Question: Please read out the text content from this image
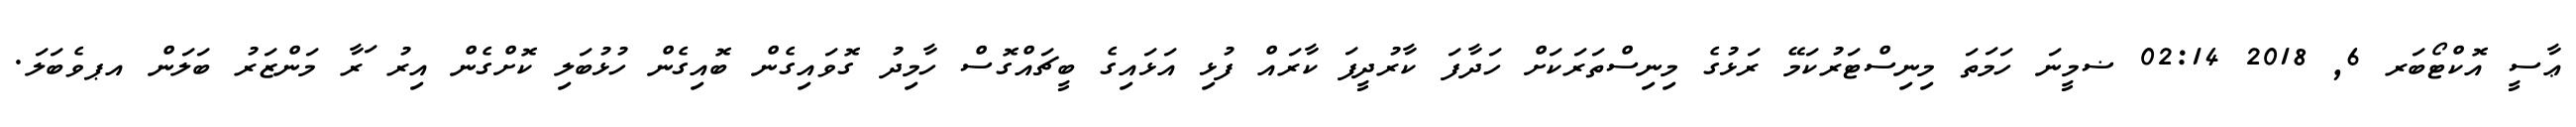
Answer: ޢާސީ އޮކްޓޯބަރ 6, 2018 02:14 ޟމީނަ ހަމަތަ މިނިސްޓަރުކަމޭ ރަޅުގެ މިނިސްތަރަކަށް ހަދާފަ ކާރުދީފަ ކާރައް ފުޅި އަޅައިގެ ބީޗައްގޮސް ހާމިދު ގޮވައިގެން ބޮއިގެން ހުޅުބަލި ކޮށްގެން އިރު ަރާ މަންޒަރު ބަލަން އޕވެބަލަ.